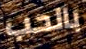
بالحب